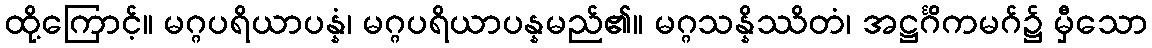
ထို့ကြောင့်။ မဂ္ဂပရိယာပန္နံ၊ မဂ္ဂပရိယာပန္နမည်၏။ မဂ္ဂသန္နိဿိတံ၊ အဋ္ဌင်္ဂိကမဂ်၌ မှီသော